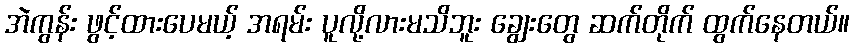
အဲကွန်း ဖွင့်ထားပေမယ့် အရမ်း ပူလို့လားမသိဘူး ချွေးတွေ ဆက်တိုက် ထွက်နေတယ်။